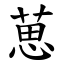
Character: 葸